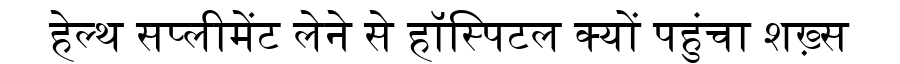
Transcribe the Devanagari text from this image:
हेल्थ सप्लीमेंट लेने से हॉस्पिटल क्यों पहुंचा शख़्स